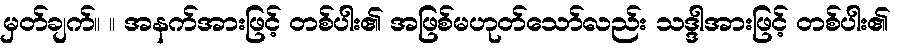
မှတ်ချက်။ ။ အနက်အားဖြင့် တစ်ပါး၏ အဖြစ်မဟုတ်သော်လည်း သဒ္ဒါအားဖြင့် တစ်ပါး၏